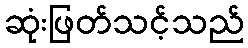
ဆုံးဖြတ်သင့်သည်